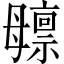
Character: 𬆸